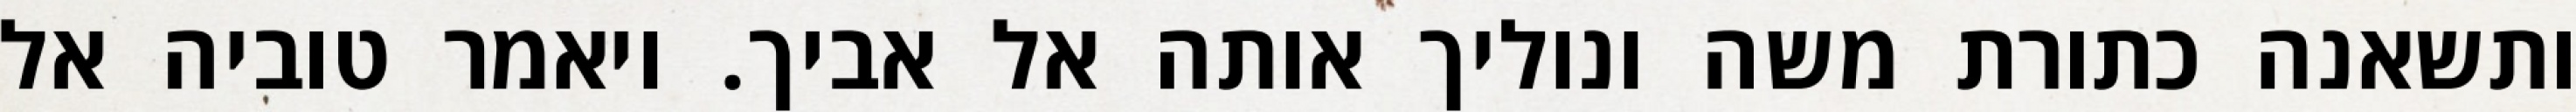
ותשאנה כתורת משה ונוליך אותה אל אביך. ויאמר טוביה אל